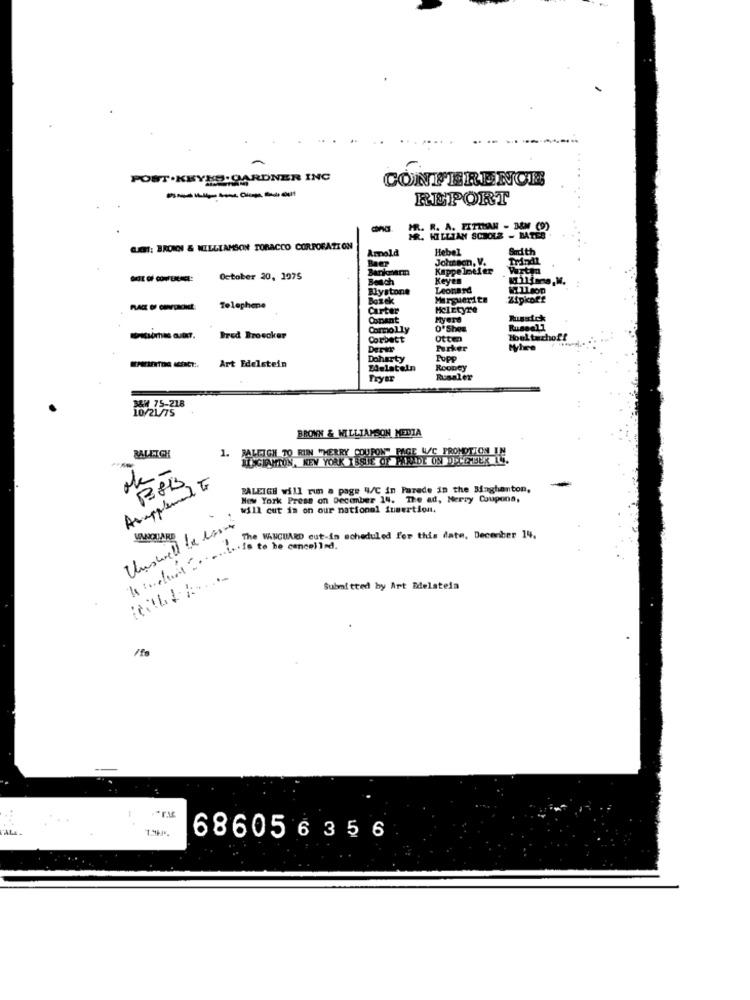
POST .KEYES.GARDNER INC
CONFERENCE
------
REPORT
& R. A. PITMAN - MM (O)
WILLIAN SCHOLZ - BATES
GEHT: BRONON & WILLIAMSON TOBACCO CORPORATION
Amold
Hebel
Sad th
Johnson, V.
Kappelneler
Wrtan
October 20, 1975
Beach
Keyen
Blystone
Leonard
Bozek
Marguerite
Zipkoff
Telephone
Carter
MclEtyre
CopAnt
Myere
Commolly
O'Shea
--
Bred Broecker
Corbett
Otte
Multachoff
Dervr
Parker
When
Doherty
Pupp
Art Edelstein
Zdelateln
Rooney
Rusaler
MAW 75-218
10/21/75
BROWN & WILLIAMSON MEDIA
1. RALEIGH TO RIIN WHERRY COUPON" RAGE W/C PROMOTION IN
BALETCH
LUIGIANTON, NEW YORK ISSUE OF PARADE OSD) LE BEK 4.
de
Asupplement G
RALEIGH will run a page W/C in Parede in the Minghanton,
w York Press on December 14. The ad, Merry Coupona,
will cut in on our national fumertion,
Unswell la esi
The WANGUARD cut-in scheduled for this date, December 14,
tillis to be cancelled.
Submitted by Art Edelstein
686056356